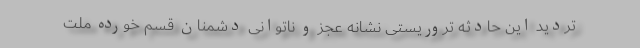
تردید این حادثه تروریستی نشانه عجز و ناتوانی دشمنان قسم خورده ملت